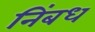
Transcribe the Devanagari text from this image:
निंबध